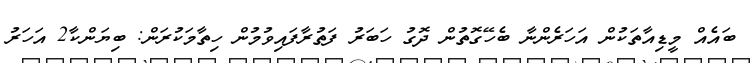
ބައެއް މީޑިއާތަކުން އަހަރެންނާ ބެހޭގޮތުން ދޮގު ހަބަރު ފަތުރާފައިވުމުން ހިތާމަކުރަން: ބިޔަންކާ2 އަހަރު